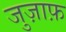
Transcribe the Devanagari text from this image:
जुज़ाफ़